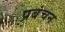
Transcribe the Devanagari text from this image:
प्रबंचन